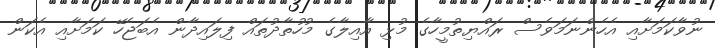
ނުވާކަމަށާއި އެހެންނަމަވެސް ރައްޔިތުމީހާގެ މުޅި އާއިލާގެ މުހުތާދުތައް ފިލައިދާން އެބަޖެހޭ ކަމަށާއި އެކަން